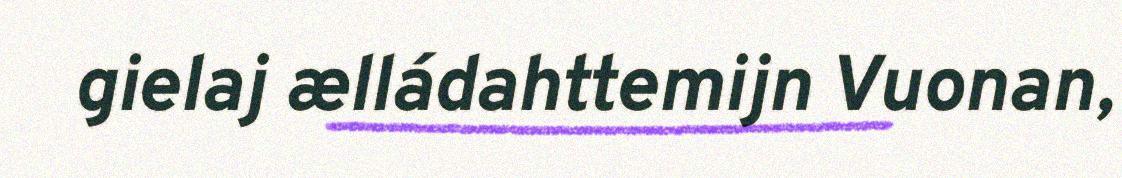
gielaj ælládahttemijn Vuonan,